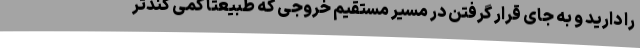
را دارید و به جای قرار گرفتن در مسیر مستقیم خروجی که طبیعتا کمی کندتر